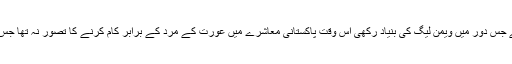
پروفیسر ڈاکٹر محمد طاہرالقادری نے جس دور میں ویمن لیگ کی بنیاد رکھی اس وقت پاکستانی معاشرے میں عورت کے مرد کے برابر کام کرنے کا تصور نہ تھا جس پر انہیں تنقید کا سامنا بھی کرنا پڑا۔